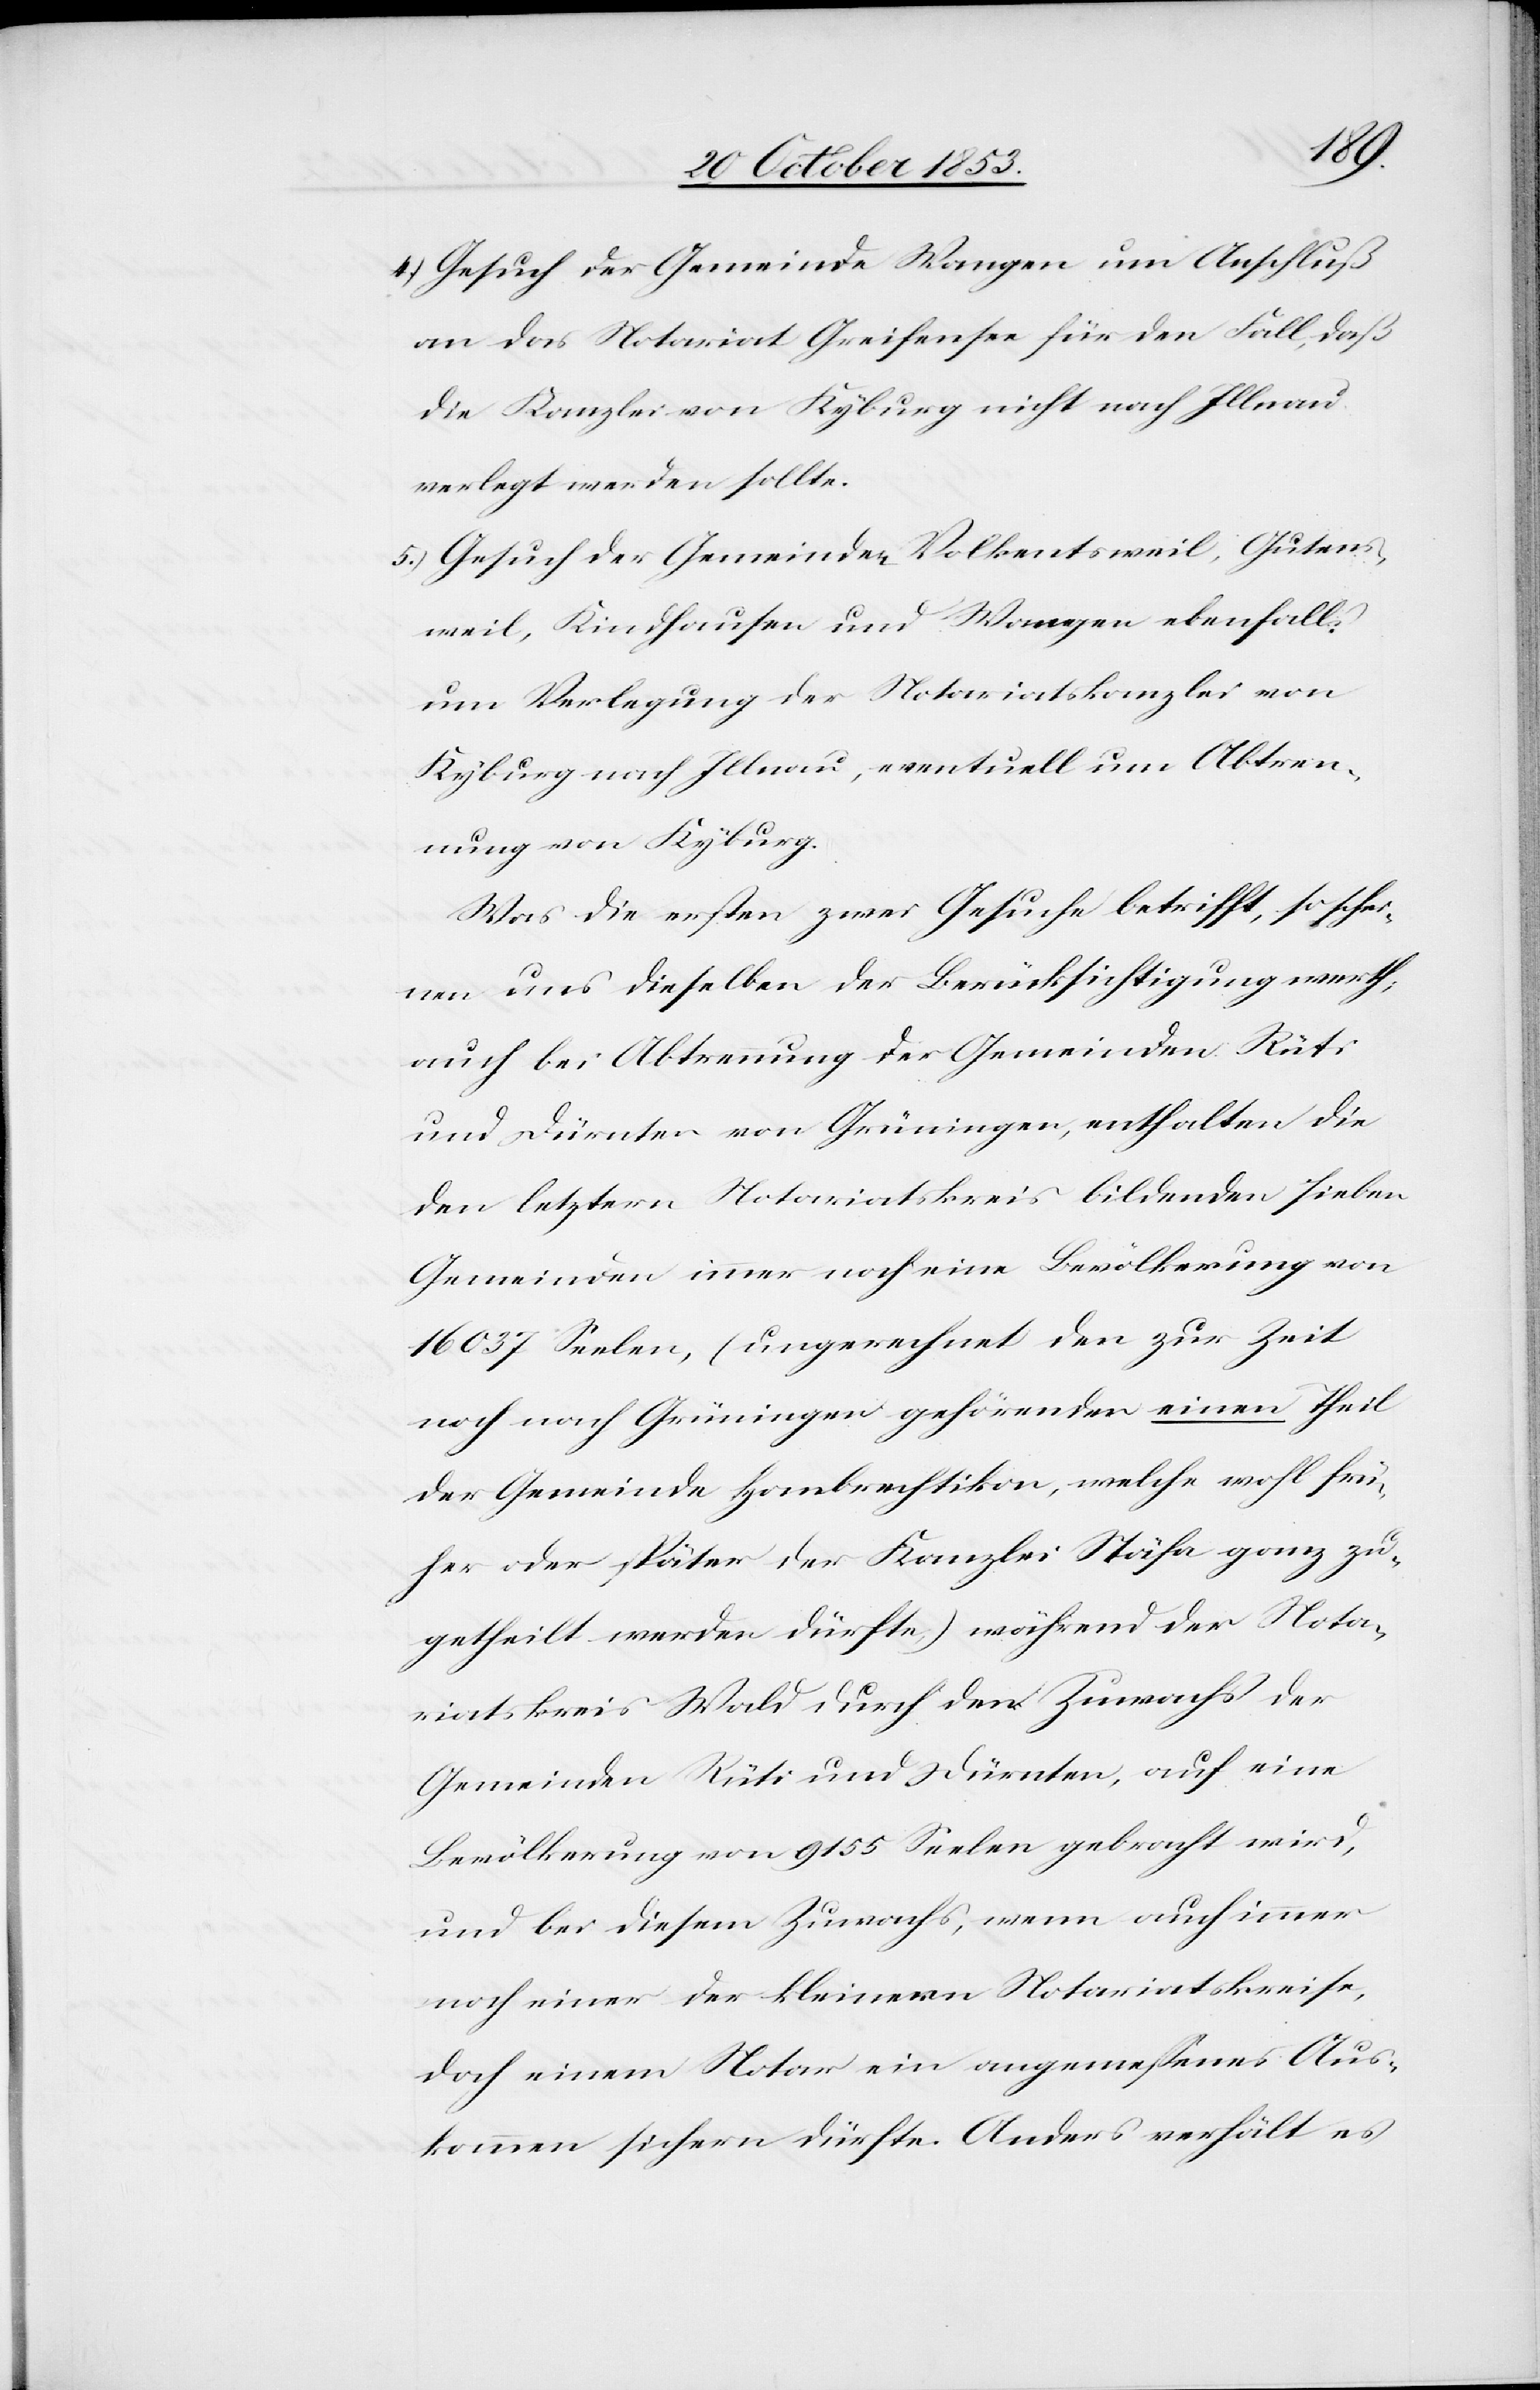
4.) Gesuch der Gemeinde Wangen um Anschluß
an das Notariat Greifensee für den Fall, daß
die Kanzlei von Kyburg nicht nach Illnau
verlegt werden sollte.
5.) Gesuch der Gemeinden Volkentsweil, Gutens¬
weil, Kindhausen und Wangen ebenfalls
um Verlegung der Notariatskanzlei von
Kyburg nach Illnau, eventuell um Abtren¬
nung von Kyburg.
Was die ersten zwei Gesuche betrifft, so schei¬
nen uns dieselben der Berücksichtigung werth,
auch bei Abtrennung der Gemeinden Rüti
und Dürnten von Grüningen, enthalten die
den letztern Notariatskreis bildenden sieben
Gemeinden immer noch eine Bevölkerung von
16037 Seelen, (ungerechnet den zur Zeit
noch nach Grüningen gehörenden einen Theil
der Gemeinde Hombrechtikon, welche wohl frü¬
her oder später der Kanzlei Stäfa ganz zu¬
getheilt werden dürfte) während der Nota¬
riatskreis Wald durch den Zuwachs der
Gemeinden Rüti und Dürnten, auf eine
Bevölkerung von 9155 Seelen gebracht wird,
und bei diesem Zuwachs, wenn auch immer
noch einer der kleinern Notariatskreise,
doch einem Notar ein angemeßenes Aus¬
kommen sichern dürfte. Anders verhält es